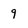
Character: 9